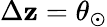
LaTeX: \Delta\mathbf{z}=\theta_{\odot}